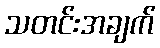
သတင်းအချက်